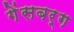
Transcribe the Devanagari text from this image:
गेंसबर्ग